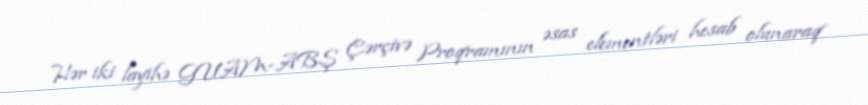
Hər iki layihə GUAM-ABŞ Çərçivə Proqramının əsas elementləri hesab olunaraq